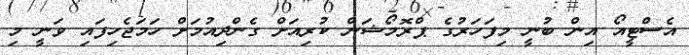
އެސްޓީއޯ އިން ބުނީ މިފަހަރުގެ ޕްރޮމޯޝަން ކުރިއަށް ގެންދިއުމަށް ހަމަޖެހިފައި ވަނީ މި